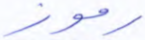
رموز